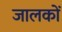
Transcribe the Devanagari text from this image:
जालकों